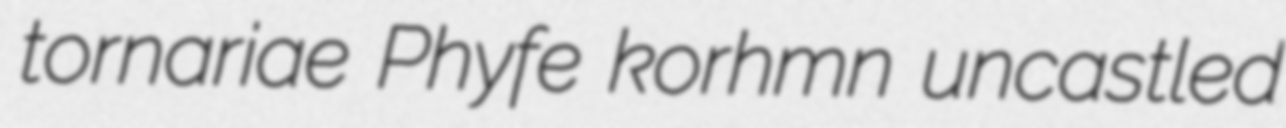
tornariae Phyfe korhmn uncastled